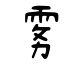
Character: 雾